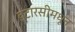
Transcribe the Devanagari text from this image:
इटारसीमधून